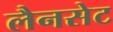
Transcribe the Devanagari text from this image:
लैनसेट